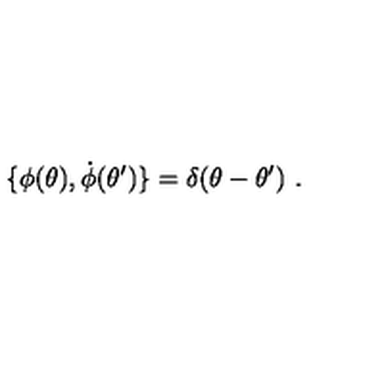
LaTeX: \{ \phi ( \theta ) , \dot { \phi } ( \theta ^ { \prime } ) \} = \delta ( \theta - \theta ^ { \prime } ) \ .